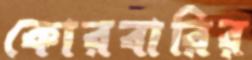
কোরবারির